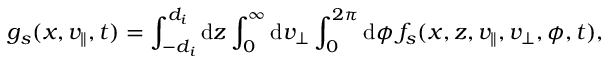
g _ { s } ( x , v _ { \parallel } , t ) = \int _ { - d _ { i } } ^ { d _ { i } } \mathrm { d } z \int _ { 0 } ^ { \infty } \mathrm { d } v _ { \perp } \int _ { 0 } ^ { 2 \pi } \mathrm { d } \phi \, f _ { s } ( x , z , v _ { \parallel } , v _ { \perp } , \phi , t ) ,